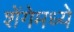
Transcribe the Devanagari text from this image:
शेंगेमध्ये